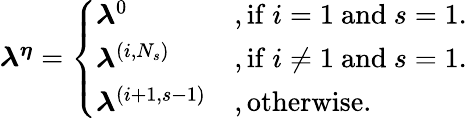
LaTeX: \begin{array}{r}{\boldsymbol{\lambda^{\eta}}=\left\{ \begin{array}{ll}{\boldsymbol{\lambda}^{0}}&{,\mathrm{if~}i=1\mathrm{~and~}s=1.}\\ {\boldsymbol{\lambda}^{(i,N_{s})}}&{,\mathrm{if~}i\neq 1\mathrm{~and~}s=1.}\\ {\boldsymbol{\lambda}^{(i+1,s-1)}}&{,\mathrm{otherwise.}}\end{array}\right.}\end{array}